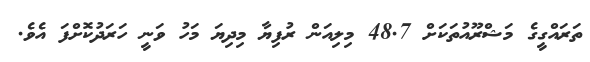
ތަރައްގީގެ މަޝްރޫއުތަކަށް 48.7 މިލިއަން ރުފިޔާ މިދިޔަ މަހު ވަނީ ހަރަދުކޮށްފަ އެވެ.